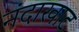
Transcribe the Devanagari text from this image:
नंदाखाट